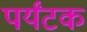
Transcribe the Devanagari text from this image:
पर्यंटक